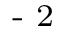
\textsuperscript { - 2 }